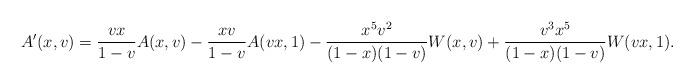
LaTeX: \begin{align*}A'(x,v)=\frac{vx}{1-v}A(x,v)-\frac{xv}{1-v}A(vx,1)-\frac{x^5v^2}{(1-x)(1-v)}W(x,v)+\frac{v^3x^5}{(1-x)(1-v)}W(vx,1).\end{align*}